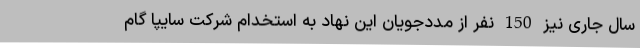
سال جاری نیز 150 نفر از مددجویان این نهاد به استخدام شرکت سایپا گام